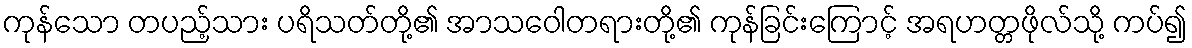
ကုန်သော တပည့်သား ပရိသတ်တို့၏ အာသဝေါတရားတို့၏ ကုန်ခြင်းကြောင့် အရဟတ္တဖိုလ်သို့ ကပ်၍